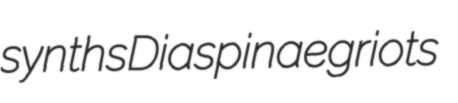
synths Diaspinae griots